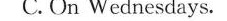
C.On Wednesdays.